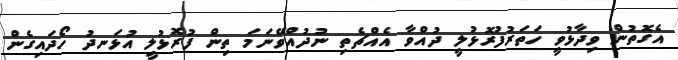
އެގޮތުން ވިދާޅުވީ ހަތަރުފުރޮޅުލީ ދުއްވާ އެއްޗެތި ނުދުއްވޭނަމަ ތިން ފުރޮޅުލީ އުޅަނދު ހޯދައިގެން